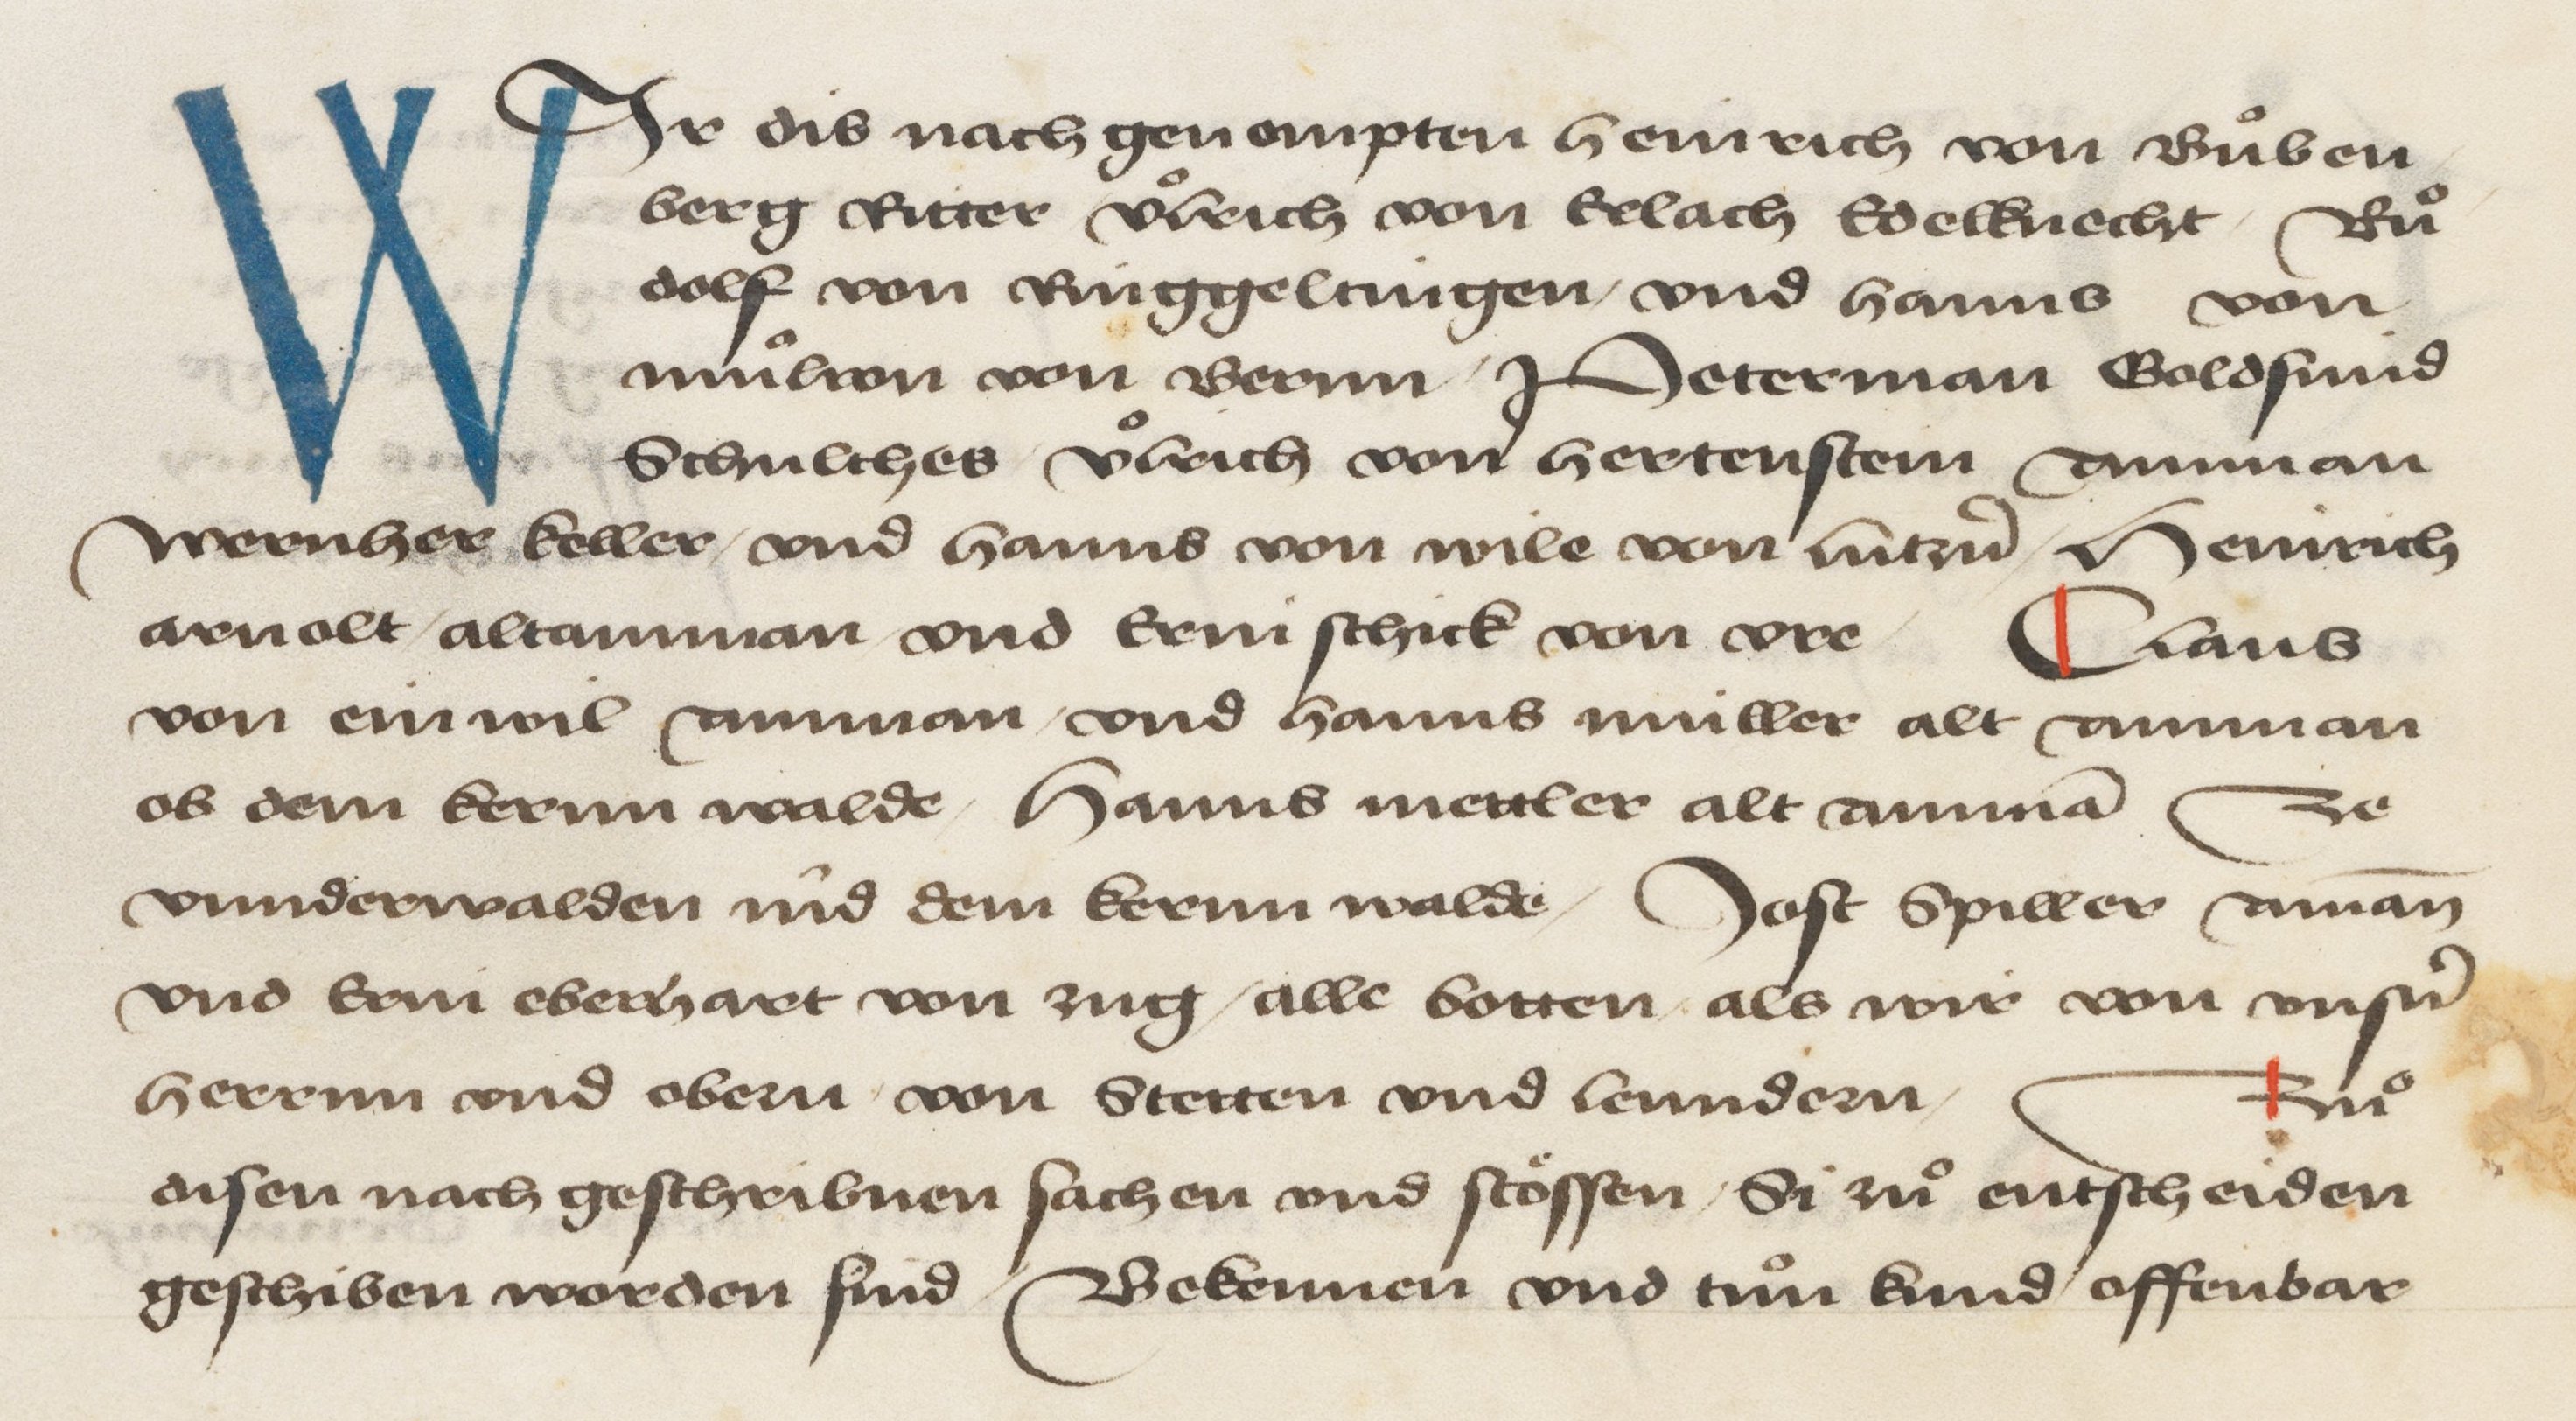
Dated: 1478–1483